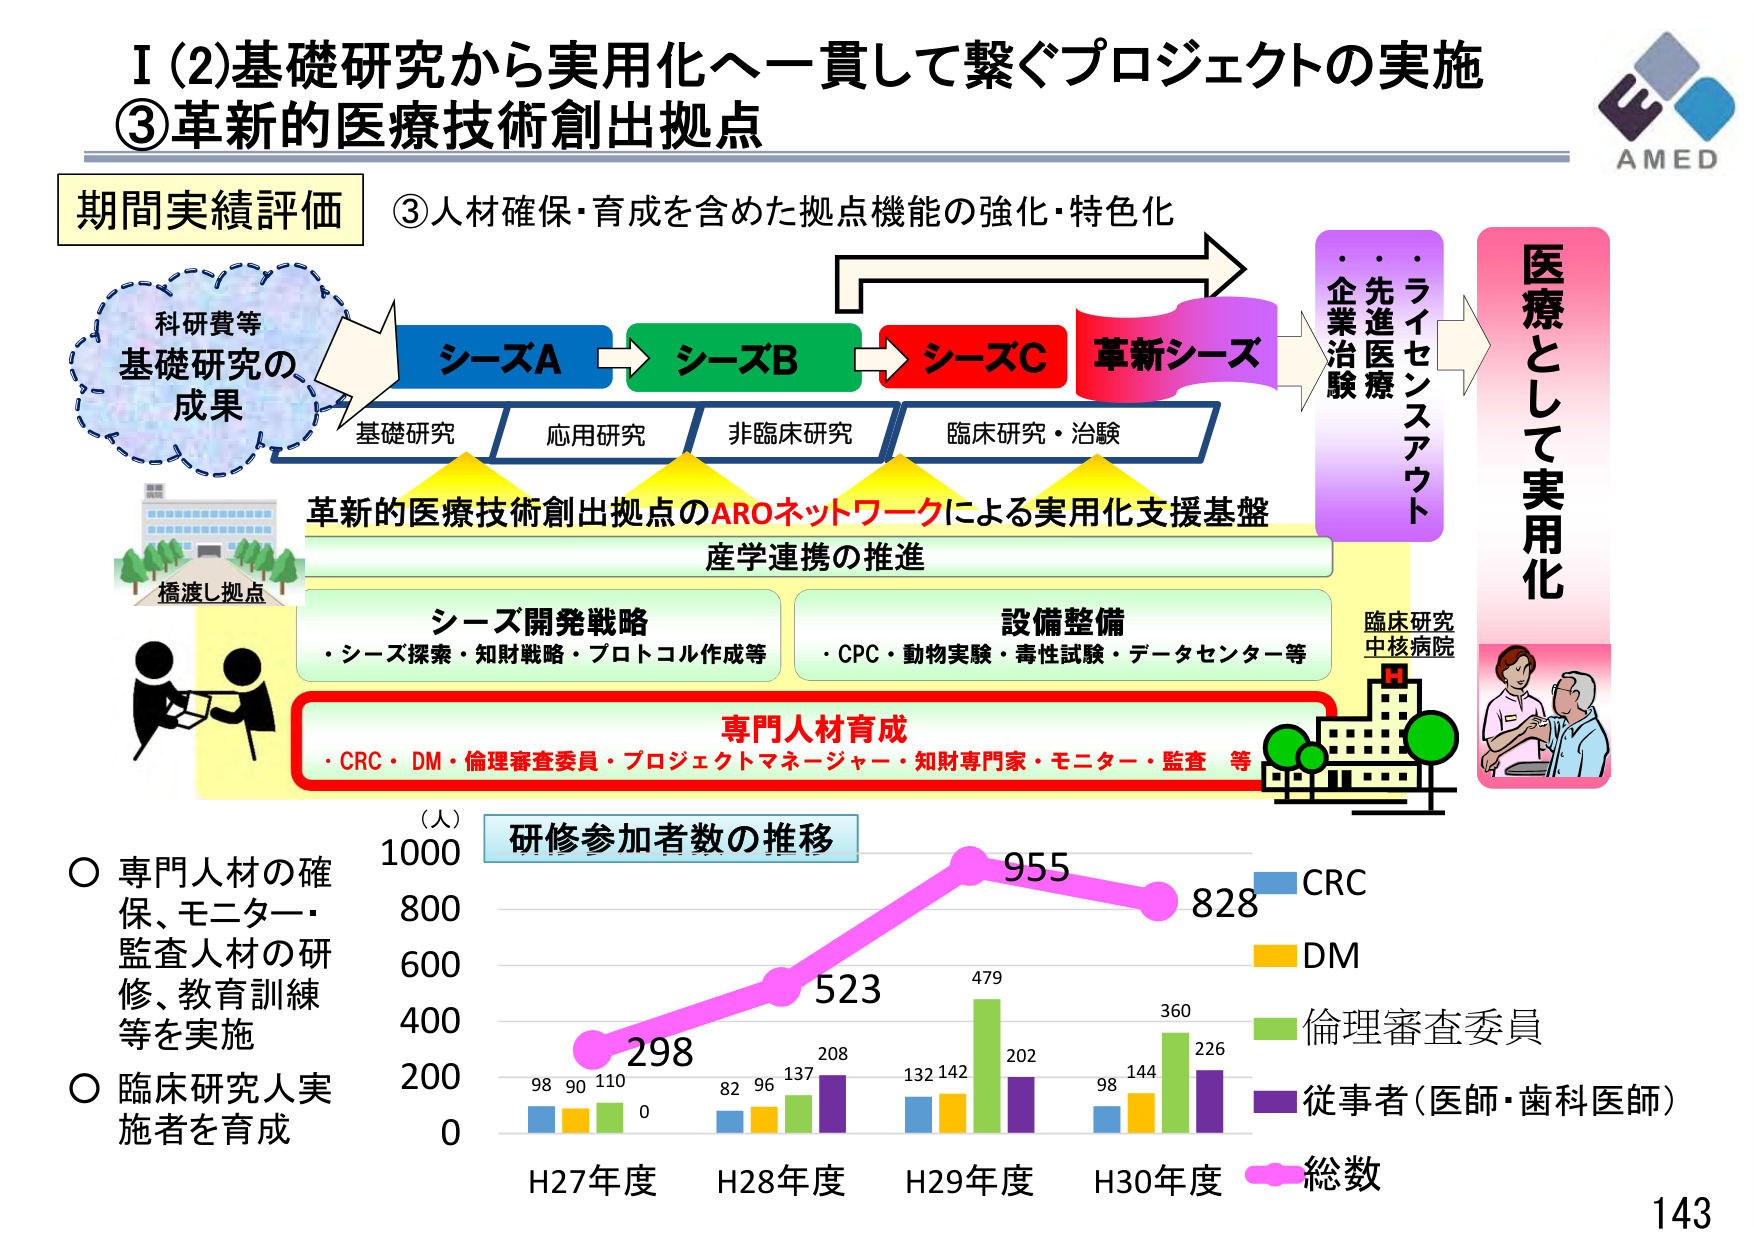
I (2)基礎研究から実用化へ一貫して繋ぐプロジェクトの実施
③革新的医療技術創出拠点

期間実績評価
③人材確保・育成を含めた拠点機能の強化・特色化

科研費等
基礎研究の
成果

シーズA → シーズB → シーズC → 革新シーズ

基礎研究　応用研究　非臨床研究　臨床研究・治験

革新的医療技術創出拠点のAROネットワークによる実用化支援基盤
産学連携の推進

シーズ開発戦略
・シーズ探索・知財戦略・プロトコル作成等

設備整備
・CPC・動物実験・毒性試験・データセンター等

専門人材育成
・CRC・DM・倫理審査委員・プロジェクトマネージャー・知財専門家・モニター・監査 等

橋渡し拠点

臨床研究
中核病院

医療として実用化

（人）
研修参加者数の推移

○ 専門人材の確保、モニター・監査人材の研修、教育訓練等を実施
○ 臨床研究人実施者を育成

H27年度　H28年度　H29年度　H30年度

CRC
DM
倫理審査委員
従事者（医師・歯科医師）
総数

98　90　110　0
82　96　137　208
132　142　479　202
98　144　360　226

298　523　955　828

AMED
143